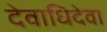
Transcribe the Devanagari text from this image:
देवाधिदेवा